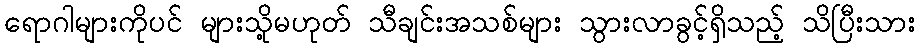
ရောဂါများကိုပင် များသို့မဟုတ် သီချင်းအသစ်များ သွားလာခွင့်ရှိသည့် သိပြီးသား